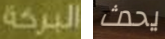
البركة يحدث